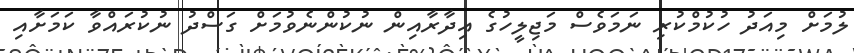
ލުމަށް މިއަދު ހުކުމްކުރި ނަމަވެސް މަޖިލީހުގެ އިދާރާއިން ނުކުންނެވުމަށް ގަސްދު ނުކުރައްވާ ކަމަށާއި